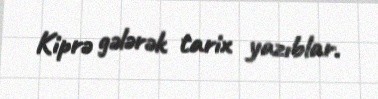
Kiprə gələrək tarix yazıblar.